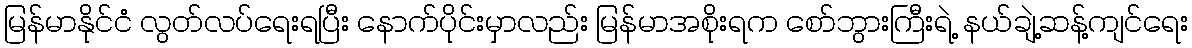
မြန်မာနိုင်ငံ လွတ်လပ်ရေးရပြီး နောက်ပိုင်းမှာလည်း မြန်မာအစိုးရက စော်ဘွားကြီးရဲ့ နယ်ချဲ့ဆန့်ကျင်ရေး